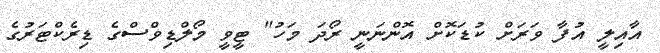
އާއިލީ އުފާ ވަރަށް ކުޑަކޮށް އޮންނަނީ ރޯދަ މަހު" ޓީވީ މޯލްޑިވްސްގެ ޑިރެކްޓަރުގެ